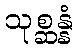
သုစ္ဆန္နံ